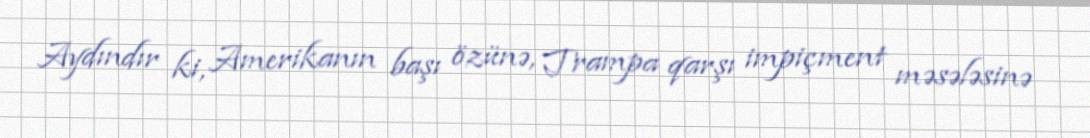
Aydındır ki, Amerikanın başı özünə, Trampa qarşı impiçment məsələsinə